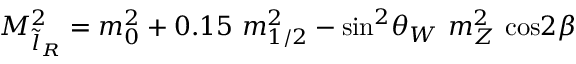
M _ { \tilde { l } _ { R } } ^ { 2 } = m _ { 0 } ^ { 2 } + 0 . 1 5 \ m _ { 1 / 2 } ^ { 2 } - \mathrm { s i n } ^ { 2 } \theta _ { W } \ m _ { Z } ^ { 2 } \ \mathrm { c o s } 2 \beta